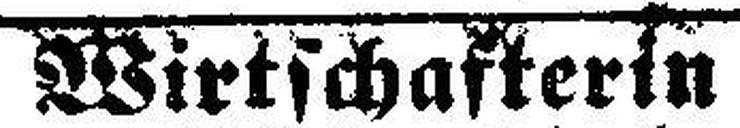
Wirtschafterin